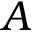
{ A }